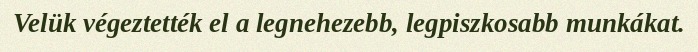
Velük végeztették el a legnehezebb, legpiszkosabb munkákat.